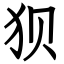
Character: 狈